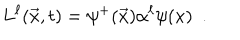
L ^ { \ell } ( \vec { x } , t ) = \psi ^ { + } ( \vec { x } ) \alpha ^ { \ell } \psi ( x ) ~ ~ .